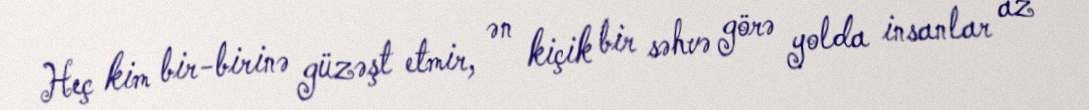
Heç kim bir-birinə güzəşt etmir, ən kiçik bir səhvə görə yolda insanlar az